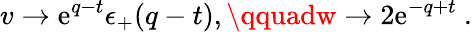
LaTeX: v\to\mathrm{e}^{q-t}\epsilon_{+}(q-t),\qquadw\to2\mathrm{e}^{-q+t}\ .